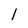
Character: l